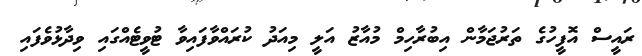
ރައީސް އޮފީހުގެ ތަރުޖަމާން އިބުރާހިމް މުއާޒު އަލީ މިއަދު ކުރައްވާފައިވާ ޓުވީޓެއްގައި ވިދާޅުވެފައި